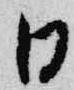
日